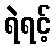
ရဲရင့်